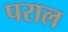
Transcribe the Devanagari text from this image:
पराल